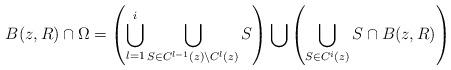
LaTeX: \begin{align*}B(z,R) \cap \Omega = \left( \bigcup_{l=1}^{i} \bigcup_{S \in C^{l-1}(z) \backslash C^{l}(z)} S \right) \bigcup \left( \bigcup_{S \in C^{i}(z)} S \cap B(z,R) \right)\end{align*}